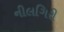
નીલગિરી